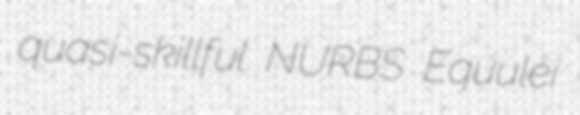
quasi-skillful NURBS Equulei